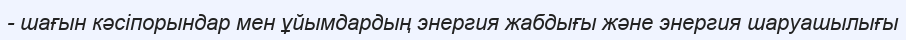
- шағын кәсіпорындар мен ұйымдардың энергия жабдығы және энергия шаруашылығы